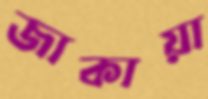
জাকায়া